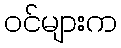
ဝင်များက